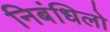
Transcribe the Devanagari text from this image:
निबंधिलो